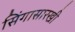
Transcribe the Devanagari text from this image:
सिंगासारखी